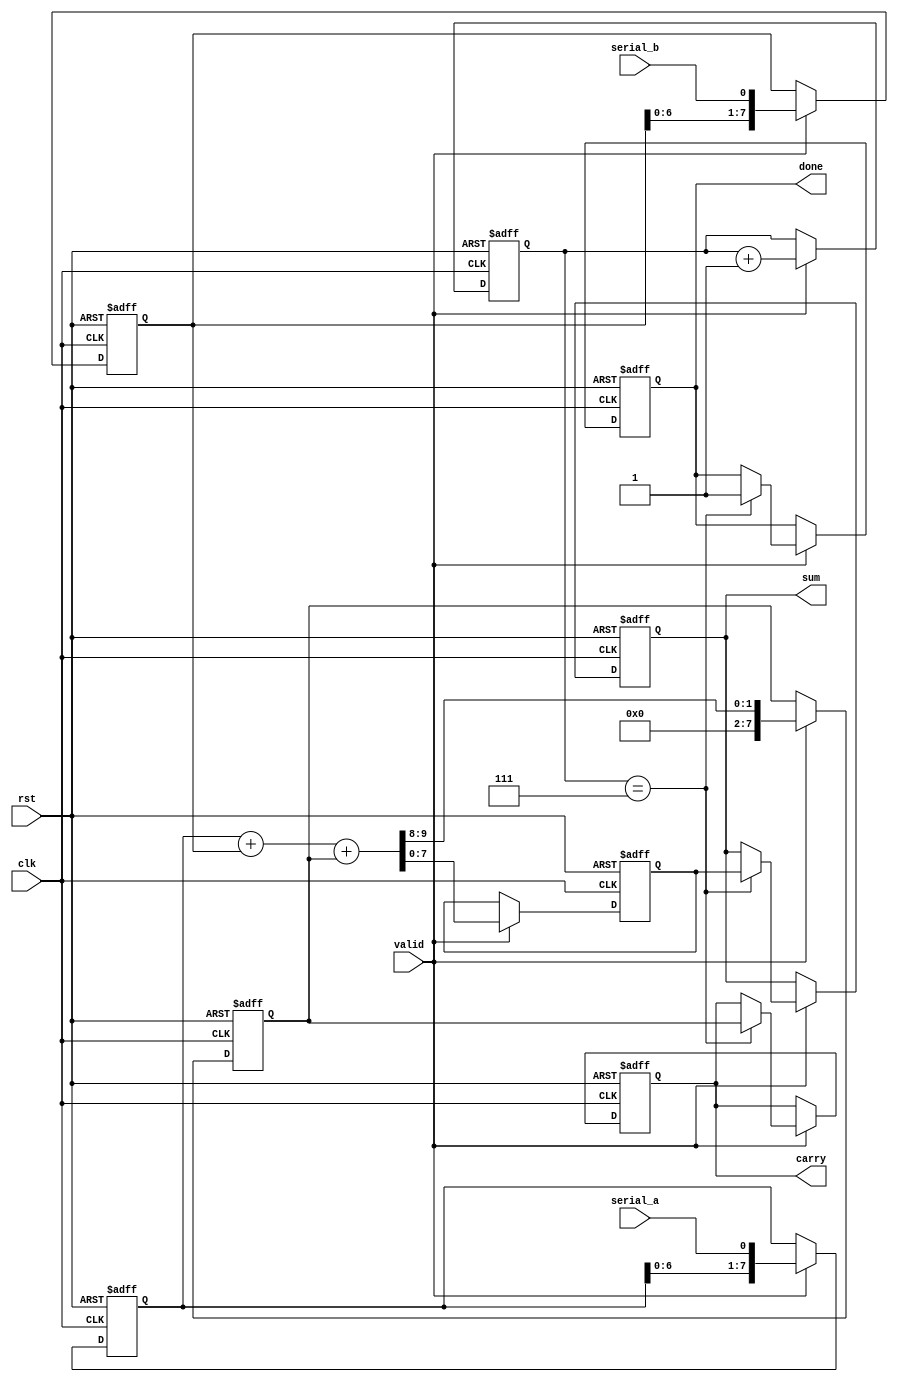
module CarrySaveAdder (
    input clk,                // Clock signal
    input rst,                // Reset signal
    input serial_a,           // Serial input bit for operand A
    input serial_b,           // Serial input bit for operand B
    input valid,              // Signal to indicate valid input
    output reg [7:0] sum,     // Sum output
    output reg [7:0] carry,   // Carry output
    output reg done           // Indicates that the addition is complete
);

    reg [7:0] shift_a;        // Shift register for operand A
    reg [7:0] shift_b;        // Shift register for operand B
    reg [3:0] bit_count;      // Count of bits received
    reg [7:0] temp_sum;       // Temporary sum storage
    reg [7:0] temp_carry;     // Temporary carry storage

    // Initialize registers
    always @(posedge clk or posedge rst) begin
        if (rst) begin
            shift_a <= 8'b0;
            shift_b <= 8'b0;
            temp_sum <= 8'b0;
            temp_carry <= 8'b0;
            bit_count <= 4'b0;
            sum <= 8'b0;
            carry <= 8'b0;
            done <= 1'b0;
        end else if (valid) begin
            // Shift in the new bits
            shift_a <= {shift_a[6:0], serial_a};
            shift_b <= {shift_b[6:0], serial_b};
            bit_count <= bit_count + 1;

            // Perform addition using full adder logic
            {temp_carry, temp_sum} <= shift_a + shift_b + temp_carry;

            // Check if all bits have been received
            if (bit_count == 4'b0111) begin // Assuming 8 bits total
                sum <= temp_sum;
                carry <= temp_carry;
                done <= 1'b1;
            end
        end
    end
endmodule